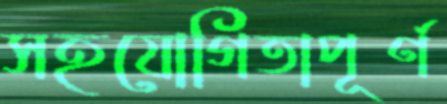
সহযোগিতাপূর্ণ